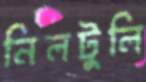
নিলটুলি